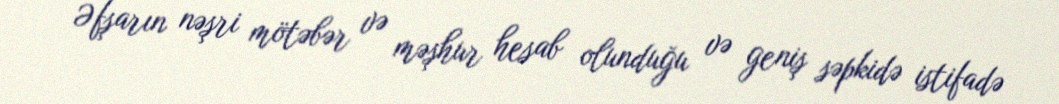
Əfşarın nəşri mötəbər və məşhur hesab olunduğu və geniş səpkidə istifadə